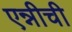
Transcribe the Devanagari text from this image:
एन्नीची